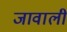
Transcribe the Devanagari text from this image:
जावाली